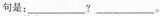
句是：___?___。